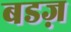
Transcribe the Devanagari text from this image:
बडज़